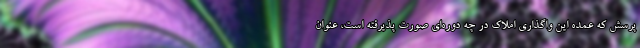
پرسش که عمده این واگذاری املاک در چه دوره‌ای صورت پذیرفته است، عنوان